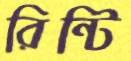
রিন্টি